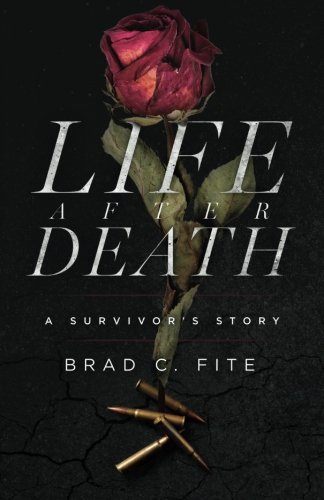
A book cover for Life after Death: A Survivor's Story; Brad C. Fite; Self-Help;